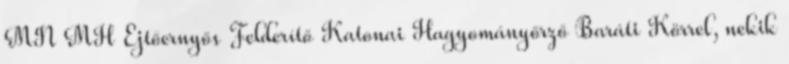
MN MH Ejtőernyős Felderítő Katonai Hagyományőrző Baráti Körrel, nekik